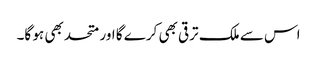
اس سے ملک ترقی بھی کرے گا اور متحد بھی ہو گا۔